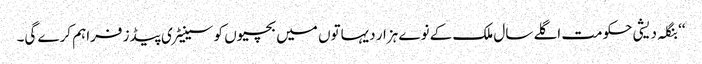
‘‘ بنگلہ دیشی حکومت اگلے سال ملک کے نوے ہزار دیہاتوں میں بچیوں کو سینیٹری پیڈز فراہم کرے گی۔